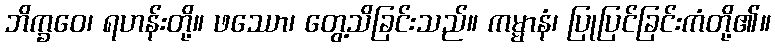
ဘိက္ခဝေ၊ ရဟန်းတို့။ ဖဿော၊ တွေ့သိခြင်းသည်။ ကမ္မာနံ၊ ပြုပြင်ခြင်းကံတို့၏။